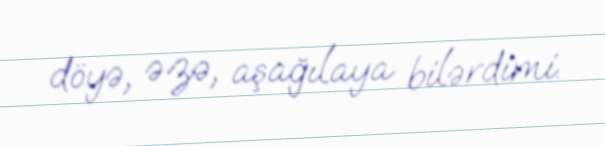
döyə, əzə, aşağılaya bilərdimi.